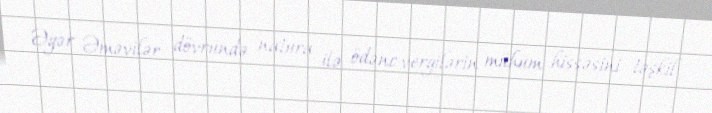
Əgər Əməvilər dövründə natura ilə ödənc vergilərin mühüm hissəsini təşkil